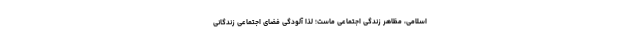
اسلامی، مظاهر زندگی اجتماعی ماست؛ لذا آلودگی فضای اجتماعی زندگانی